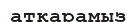
атқарамыз